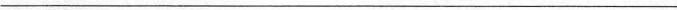
___